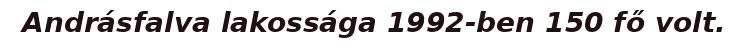
Andrásfalva lakossága 1992-ben 150 fő volt.